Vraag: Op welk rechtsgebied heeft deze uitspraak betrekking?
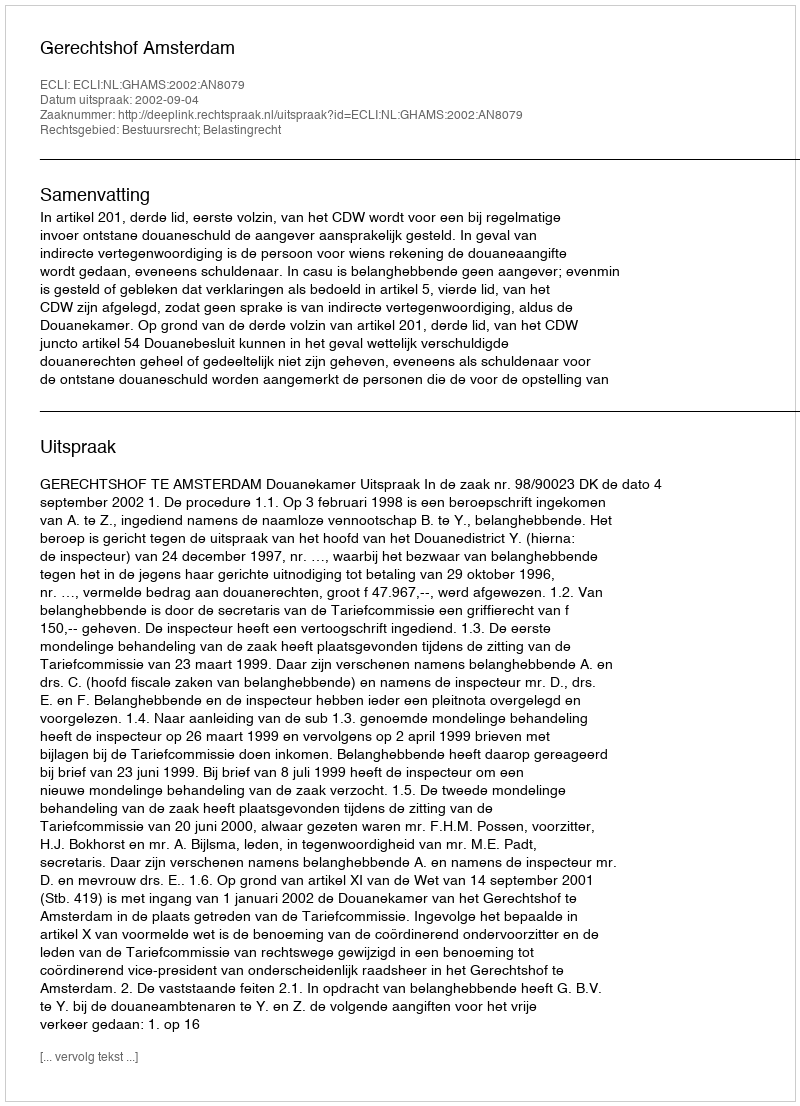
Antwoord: Bestuursrecht; Belastingrecht